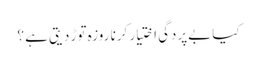
کیا بےپردگی اختیار کرنا روزہ توڑ دیتی ہے ؟